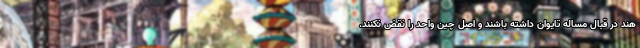
هند در قبال مساله تایوان داشته باشند و اصل چین واحد را نقض نکنند.